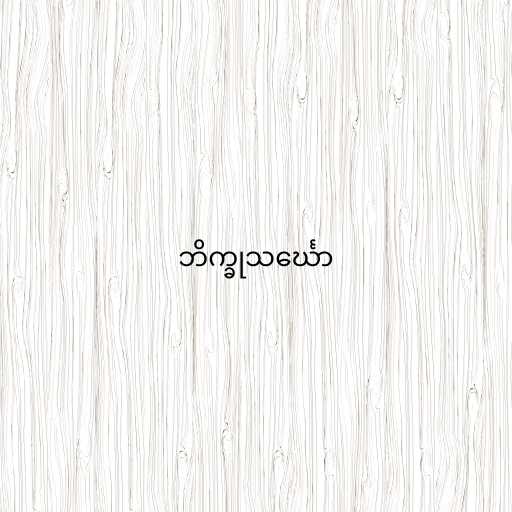
ဘိက္ခုသင်္ဃော